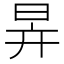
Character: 𣅹